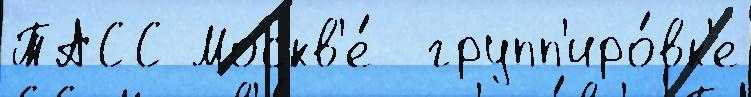
ТАСС Москв'е́  групп'иро́вк'е